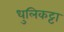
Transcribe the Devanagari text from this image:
धुलिकट्टा